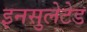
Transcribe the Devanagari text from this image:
इनसुलेटेड